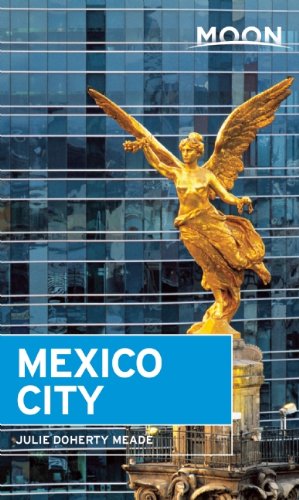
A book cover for Moon Mexico City (Moon Handbooks); Julie Meade; Travel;